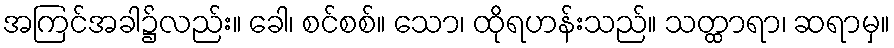
အကြင်အခါ၌လည်း။ ခေါ၊ စင်စစ်။ သော၊ ထိုရဟန်းသည်။ သတ္ထာရာ၊ ဆရာမှ။